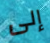
إلى